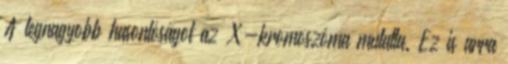
A legnagyobb hasonlóságot az X-kromoszóma mutatta. Ez is arra